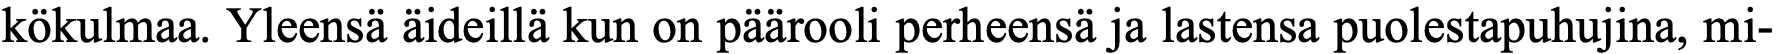
kökulmaa. Yleensä äideillä kun on päärooli perheensä ja lastensa puolestapuhujina, mi-